Indian journal of veterinary science and animal husbandry - Volume 1,
Year: 1931
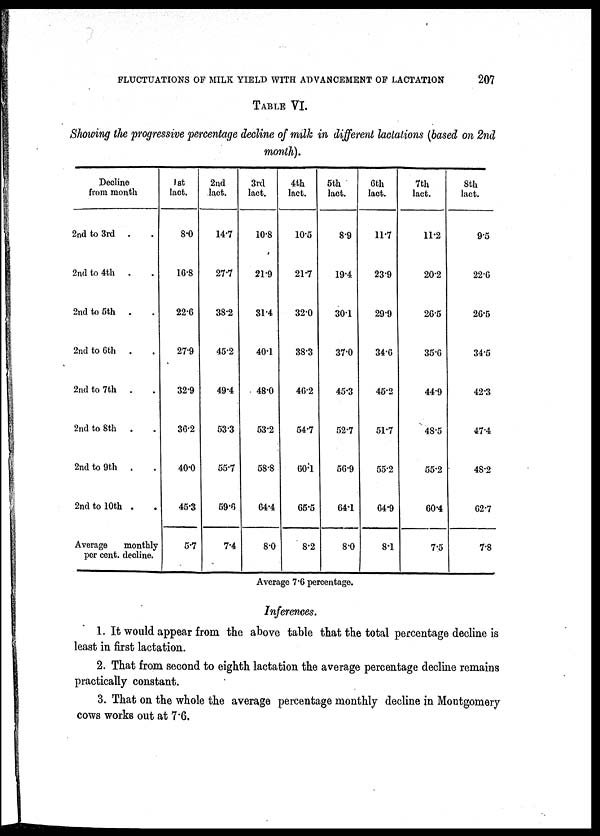
FLUCTUATIONS OF MILK YIELD WITH ADVANCEMENT OF LACTATION
207
TABLE VI.
Showing the progressive percentage decline of milk in different lactations (based on 2nd
month).
Decline
from month
2nd to 3rd
.
2nd to 4th
2nd to 5th
.
2nd to 6th .
2nd to 7th
.
2nd to 8th
.
2nd to 9th
.
2nd to 10th .
Average
monthly
per cent. decline.
1st
lact.
8.0
16.8
22.6
27.9
32.9
36.2
40.0
45.3
5.7
2nd
lact.
14.7
27.7
38.2
45.2
49.4
53.3
55.7
59.6
7.4
3rd
lact.
10.8
21.9
31.4
40.1
48.0
53.2
58.8
64.4
8.0
4th
lact.
10.5
21.7
32.0
38.3
46.2
54.7
60.1
65.5
8.2
5th
lact.
8.9
19.4
30.1
37.0
45.3
52.7
56.9
64.1
8.0
6th
lact.
11.7
23.9
29.9
34.6
45.2
51.7
55.2
64.9
8.1
7th
lact.
11.2
20.2
26.5
35.6
44.9
48.5
55.2
60.4
7.5
8th
lact.
9.5
22.6
26.5
34.5
42.3
47.4
48.2
62.7
7.8
Average 7.6 percentage.
Inferences.
1. It would appear from the above table that the total percentage decline is
least in first lactation.
2. That from second to eighth lactation the average percentage decline remains
practically constant.
3. That on the whole the average percentage monthly decline in Montgomery
cows works out at 7.6.